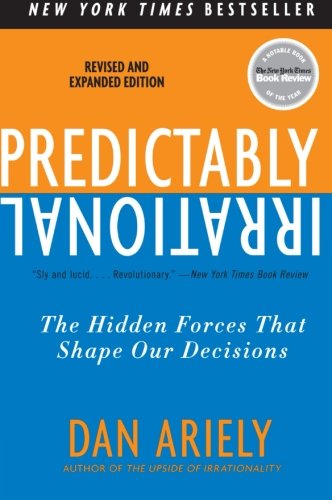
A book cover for Predictably Irrational, Revised and Expanded Edition: The Hidden Forces That Shape Our Decisions; Dan Ariely; Medical Books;